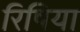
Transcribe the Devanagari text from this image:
रिषिया